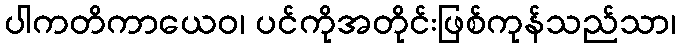
ပါကတိကာယေဝ၊ ပင်ကိုအတိုင်းဖြစ်ကုန်သည်သာ၊